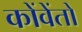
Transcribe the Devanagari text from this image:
कोंवेंतो